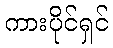
ကားပိုင်ရှင်